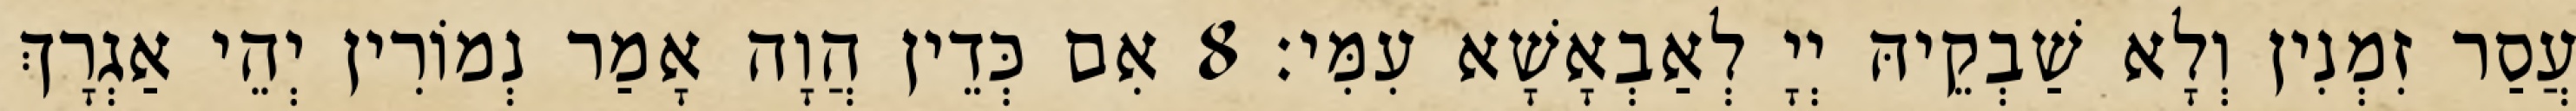
עֲסַר זִמְנִין וְלָא שַׁבְקֵיהּ יְיָ לְאַבְאָשָׁא עִמִּי׃ 8 אִם כְּדֵין הֲוָה אָמַר נְמוֹרִין יְהֵי אַגְרָךְ